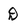
Character: D